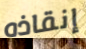
إنقاذه